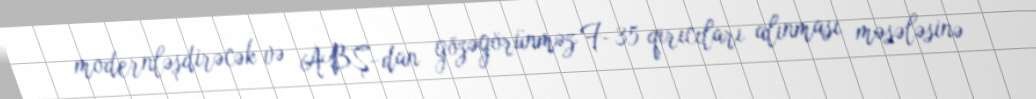
modernləşdirəcək və ABŞ-dan gözəgörünməz F-35 qırıcıları alınması məsələsinə